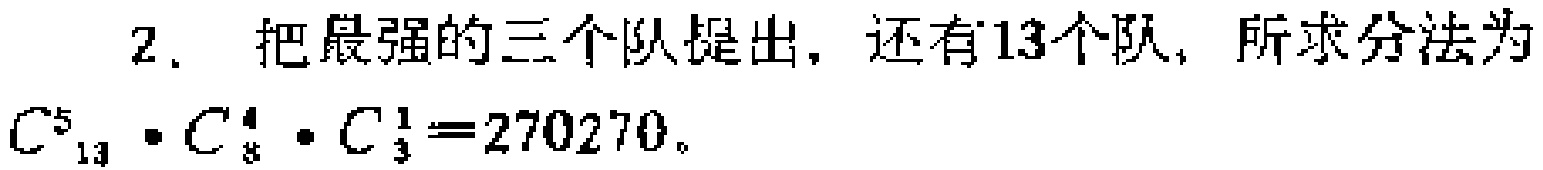
2. 把最强的三个队提出，还有13个队，所求分法为
\(C_{13}^5\cdot C_{8}^4\cdot C_{3}^1 = 270270\)。